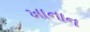
ખાનાન